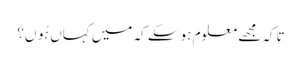
تاکہ مجھے معلوم ہو سکے کہ میں کہاں ہُوں؟